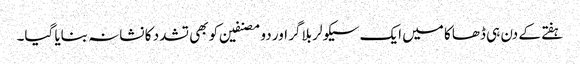
ہفتے کے دن ہی ڈھاکا میں ایک سیکولر بلاگر اور دو مصنفین کو بھی تشدد کا نشانہ بنایا گیا۔